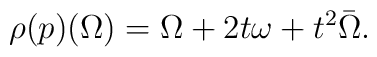
\rho(p) (\Omega) = \Omega+ 2t \omega + t^2 \bar\Omega.